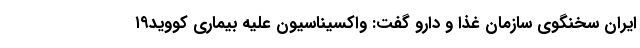
ایران سخنگوی سازمان غذا و دارو گفت: واکسیناسیون علیه بیماری کووید۱۹